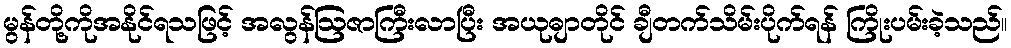
မွန်တို့ကိုအနိုင်ရသဖြင့် အလွန်ဩဇာကြီးလာပြီး အယုဓျာတိုင် ချီတက်သိမ်းပိုက်ရန် ကြိုးပမ်းခဲ့သည်။